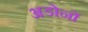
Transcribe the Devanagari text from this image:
अडोर्नो